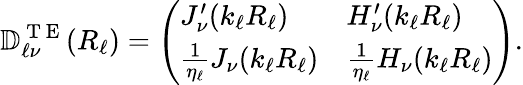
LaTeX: \mathbb{D}_{\ell\nu}^{\mathrm{~T~E~}}(R_{\ell})=\left(\begin{array}{ll}{J_{\nu}^{\prime}(k_{\ell}R_{\ell})}&{H_{\nu}^{\prime}(k_{\ell}R_{\ell})}\\ {\frac{1}{\eta_{\ell}}J_{\nu}(k_{\ell}R_{\ell})}&{\frac{1}{\eta_{\ell}}H_{\nu}(k_{\ell}R_{\ell})}\end{array}\right).